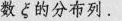
数\xi的分布列。